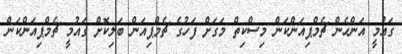
ގައުމީ އަންހެން ޗެމްޕިއަންކަން މިސްކިތް މަގަށް ފަހުގެ ޗެމްޕިއަން ބަލިކޮށް ގައުމީ ޗެމްޕިއަންކަން